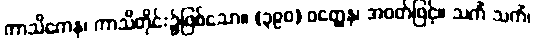
ကာသိကေန၊ ကာသိတိုင်း၌ဖြစ်သော။ (၃၉၀) ဝတ္ထေန၊ အဝတ်ဖြင့်။ သကိံ သကိံ၊